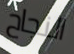
النجاح